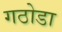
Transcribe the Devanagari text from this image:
गठोडा